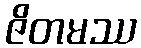
ဇိတမဿ